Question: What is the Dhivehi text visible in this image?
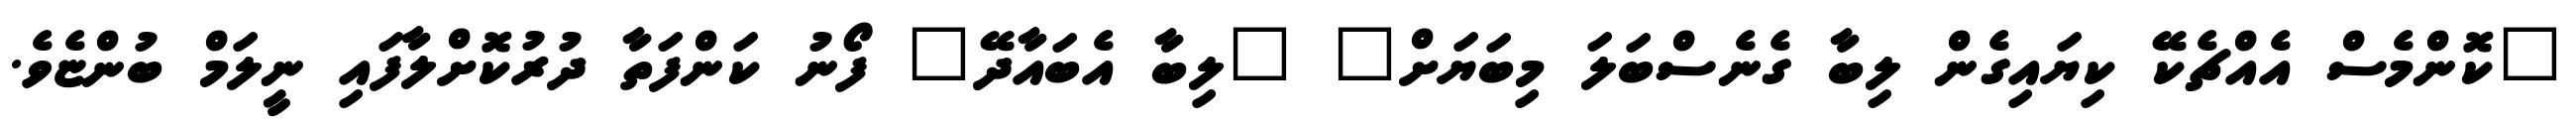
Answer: "ކޮންމެސް އެއްޗެކޭ ކިޔައިގެން ލިބާ ގެނެސްބަލަ މިބަޔަށް" "ލިބާ އެބައާދޭ" ފޯނު ކަންފަތާ ދުރުކޮށްލާފައި ނީލަމް ބުންޏެވެ.